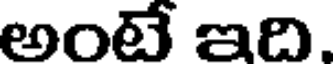
అంటే ఇది.